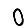
Digit: 0